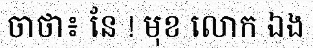
ចាថា៖ នែ ! មុខ លោក ឯង